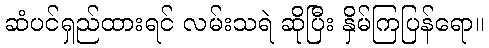
ဆံပင်ရှည်ထားရင် လမ်းသရဲ ဆိုပြီး နှိမ်ကြပြန်ရော။